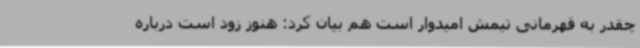
چقدر به قهرمانی تیمش امیدوار است هم بیان کرد: هنوز زود است درباره